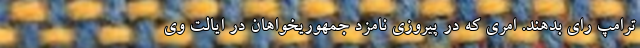
ترامپ رای بدهند. امری که در پیروزی نامزد جمهوریخواهان در ایالت وی